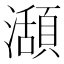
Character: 𤁪